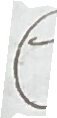
C